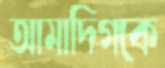
আমাদিগকে